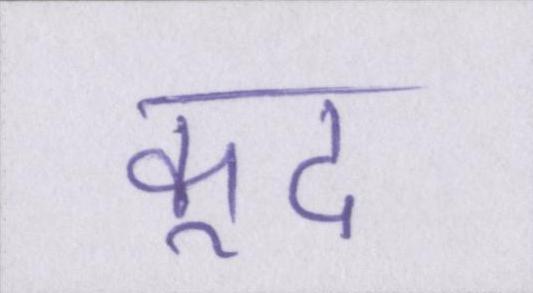
कूद